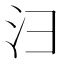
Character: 𪫆